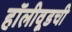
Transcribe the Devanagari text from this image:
हॉलीवूडची